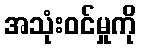
အသုံးဝင်မှုကို